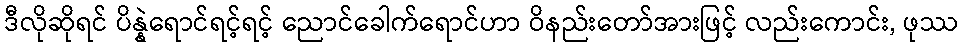
ဒီလိုဆိုရင် ပိန္နဲရောင်ရင့်ရင့် ညောင်ခေါက်ရောင်ဟာ ဝိနည်းတော်အားဖြင့် လည်းကောင်း, ဖုဿ